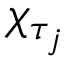
\chi _ { \tau _ { j } }